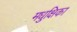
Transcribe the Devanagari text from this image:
मधुक्षिका